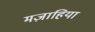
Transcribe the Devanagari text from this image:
मज़ाहिया